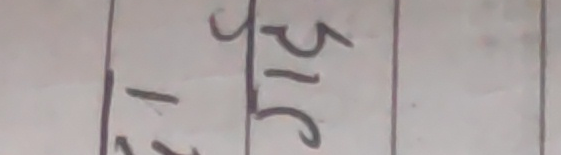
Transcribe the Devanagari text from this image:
१३ 516